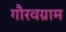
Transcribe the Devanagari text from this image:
गौरवग्राम